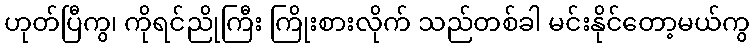
ဟုတ်ပြီကွ၊ ကိုရင်ညိုကြီး ကြိုးစားလိုက် သည်တစ်ခါ မင်းနိုင်တော့မယ်ကွ